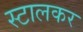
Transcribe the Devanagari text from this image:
स्टालकर